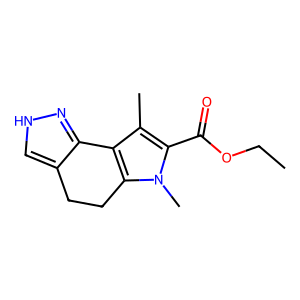
SMILES: CCOC(=O)c1c(C)c2c(n1C)CCc1c[nH]nc1-2
Inhibits HIV replication: No